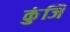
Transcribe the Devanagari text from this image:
कुंजि